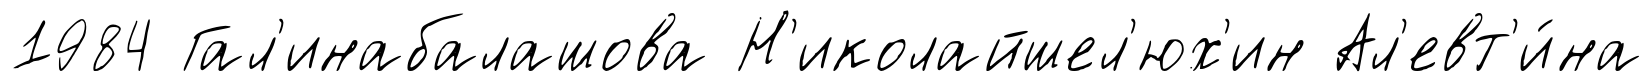
1984 Гал'инабалашова Н'иколайшел'юх'ин Ал'евт'и́на